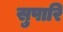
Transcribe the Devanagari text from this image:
सुपारि